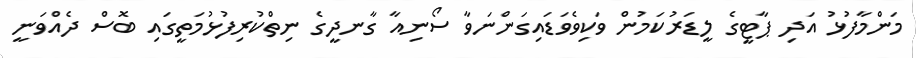
މަންމާފުޅު އަދި ޕާޓީގެ ލީޑަރުކަމުން ވަކިވެވަޑައިގަންނަވާ ސޯނިއާ ގާނދީގެ ނިތްކުރިފުޅުމަތީގައި ބޮސް ދެއްވަނީ